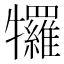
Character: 𭷷